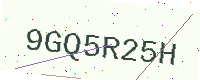
Text: 9GQ5R25H